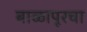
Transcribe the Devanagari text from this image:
बाळापूरचा